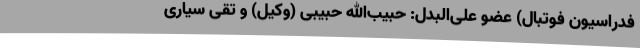
فدراسیون فوتبال) عضو علی‌البدل: حبیب‌الله حبیبی (وکیل) و تقی سیاری